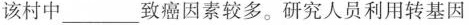
该村中___致癌因素较多。研究人员利用转基因